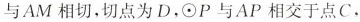
与AM相切，切点为D，⊙P与AP相交于点C，